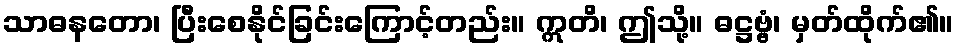
သာဓနတော၊ ပြီးစေနိုင်ခြင်းကြောင့်တည်း။ ဣတိ၊ ဤသို့။ ဓဋ္ဌဗ္ဗံ၊ မှတ်ထိုက်၏။